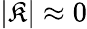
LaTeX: |\mathfrak{K}|\approx0